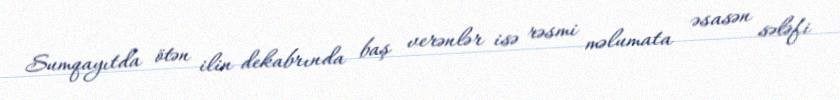
Sumqayıtda ötən ilin dekabrında baş verənlər isə rəsmi məlumata əsasən sələfi